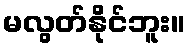
မလွတ်နိုင်ဘူး။